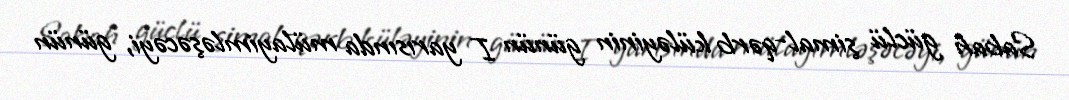
Sabah güclü şimal-qərb küləyinin günün I yarısında mülayimləşəcəyi, günün